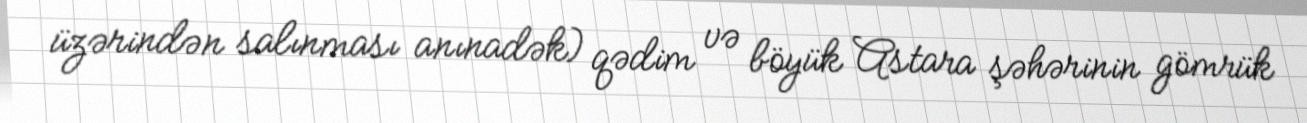
üzərindən salınması anınadək) qədim və böyük Astara şəhərinin gömrük